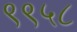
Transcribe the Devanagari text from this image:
९९५८